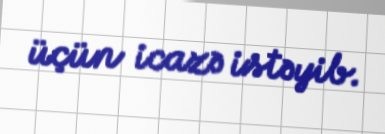
üçün icazə istəyib.